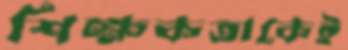
শিক্ষকতাকেই